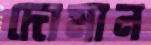
দোমান